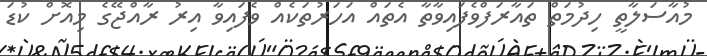
މުއާސަލާތީ ހިދުމަތް ތައާރަފްވެފައިވާތާ އެތައް އަހަރުތަކެއް ވެފައިވާ އިރު ރާއްޖޭގެ މިއޮށް ކުޑަ